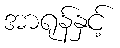
အာရုန်နှင့်